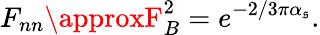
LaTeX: F_{nn}\approxF_{B}^{2}=e^{-2/3\pi\alpha_{\mathfrak{s}}}.